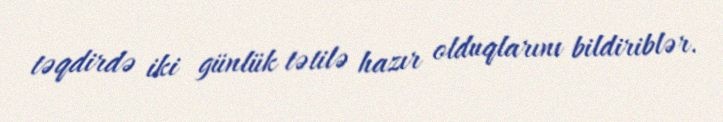
təqdirdə iki günlük tətilə hazır olduqlarını bildiriblər.